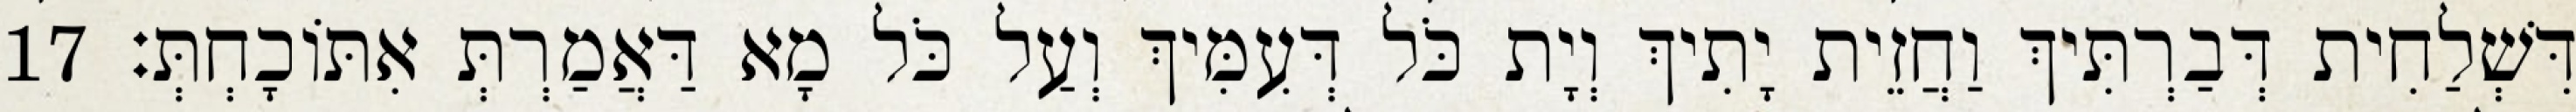
דִּשְׁלַחִית דְּבַרְתִּיךְ וַחֲזֵית יָתִיךְ וְיָת כֹּל דְּעִמִּיךְ וְעַל כֹּל מָא דַּאֲמַרְתְּ אִתּוֹכָחְתְּ׃ 17